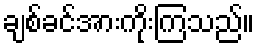
ချစ်ခင်အားကိုးကြသည်။